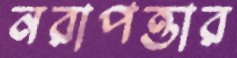
নরাপত্তার